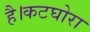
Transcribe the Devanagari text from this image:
है।कटघोरा